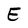
Character: E